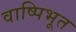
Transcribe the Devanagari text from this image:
वाष्पिभूत